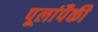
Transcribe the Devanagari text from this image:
पूलांपैकी